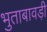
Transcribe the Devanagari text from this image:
भुताबावड़ी